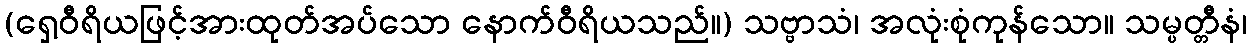
(ရှေ့ဝီရိယဖြင့်အားထုတ်အပ်သော နောက်ဝီရိယသည်။) သဗ္ဗာသံ၊ အလုံးစုံကုန်သော။ သမ္ပတ္တီနံ၊